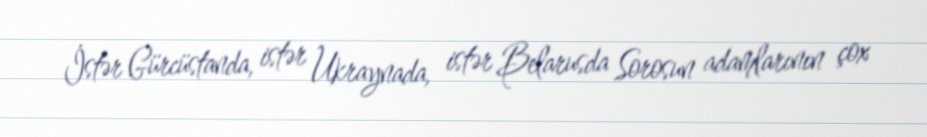
İstər Gürcüstanda, istər Ukraynada, istər Belarusda Sorosun adamlarının çox